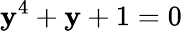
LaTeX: \mathbf{y}^{4}+\mathbf{y}+1=0